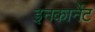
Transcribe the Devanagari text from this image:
इनकार्नेट